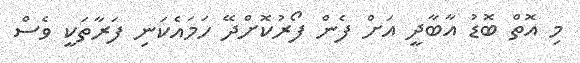
މި އޮތް ބޮޑު އާބާދީ އަށް ފެން ފޯރުކޮށްދޭ ހަމައެކަނި ފަރާތަކީ ވެސް